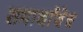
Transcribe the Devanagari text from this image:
समार्थांचेच